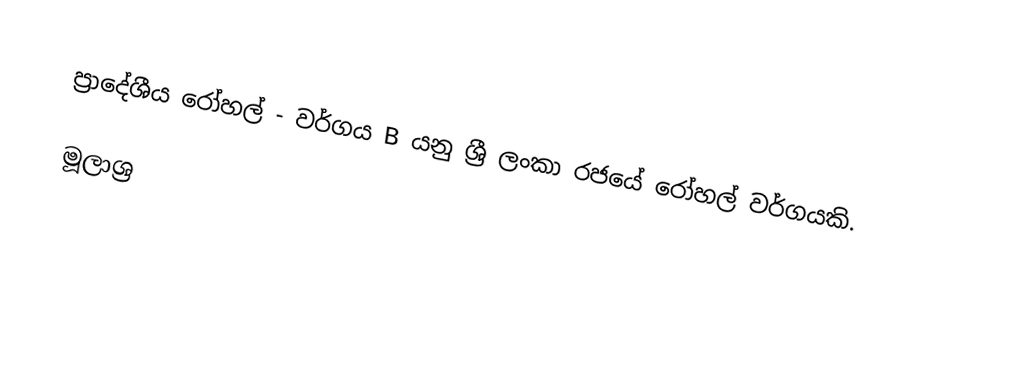
ප්‍රාදේශීය රෝහල් - වර්ගය B යනු ශ්‍රී ලංකා රජයේ රෝහල් වර්ගයකි.

මූලාශ්‍ර